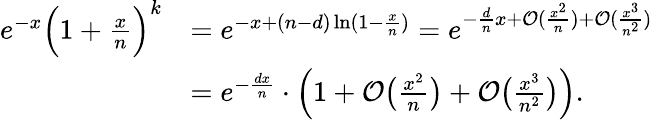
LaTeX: \begin{array}{rl}{e^{-x}\Big(1+\frac{x}{n}\Big)^{k}}&{=e^{-x+(n-d)\ln(1-\frac{x}{n})}=e^{-\frac{d}{n}x+\mathcal{O}(\frac{x^{2}}{n})+\mathcal{O}(\frac{x^{3}}{n^{2}})}}\\ &{=e^{-\frac{dx}{n}}\cdot\Big(1+\mathcal{O}\big({\textstyle{\frac{x^{2}}{n}}}\big)+\mathcal{O}\big({\textstyle{\frac{x^{3}}{n^{2}}}}\big)\Big).}\end{array}